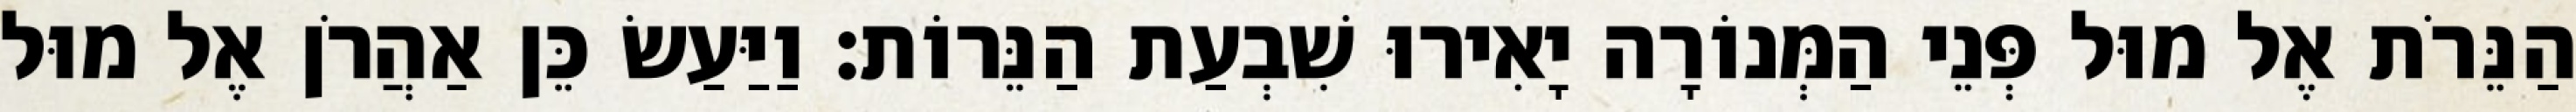
הַנֵּרֹת אֶל מוּל פְּנֵי הַמְּנוֹרָה יָאִירוּ שִׁבְעַת הַנֵּרוֹת׃ וַיַּעַשׂ כֵּן אַהֲרֹן אֶל מוּל